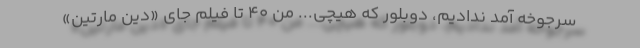
سرجوخه آمد نداديم، دوبلور كه هيچى... من ۴۰ تا فيلم جاى «دين مارتين»